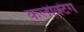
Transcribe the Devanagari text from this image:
कलेक्टिंग